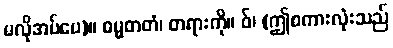
မလိုအပ်ပေ)။ ဓမ္မတတံ၊ တရားကို။ ဝ်၊ (ဤစကားလုံးသည်